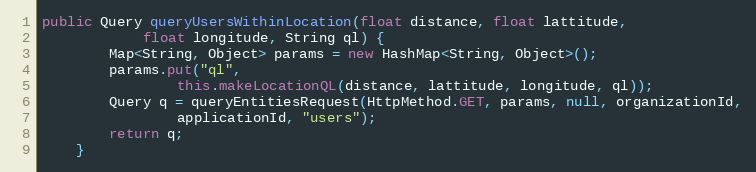
Language: Java
public Query queryUsersWithinLocation(float distance, float lattitude,
            float longitude, String ql) {
        Map<String, Object> params = new HashMap<String, Object>();
        params.put("ql",
                this.makeLocationQL(distance, lattitude, longitude, ql));
        Query q = queryEntitiesRequest(HttpMethod.GET, params, null, organizationId,
                applicationId, "users");
        return q;
    }